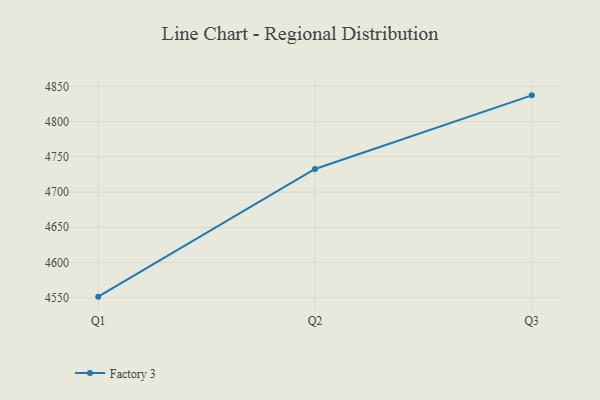
{"axis": {"x": "Quarter", "y": "Website Visitors"}, "legend": ["Factory 3"], "data": [{"x": "Q1", "y": 4551.6, "type": "Factory 3"}, {"x": "Q2", "y": 4732.7, "type": "Factory 3"}, {"x": "Q3", "y": 4837.2, "type": "Factory 3"}]}